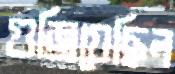
গুজ্‌রিয়েছিল